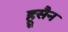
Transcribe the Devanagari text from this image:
हूसैन